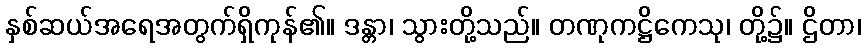
နှစ်ဆယ်အရေအတွက်ရှိကုန်၏။ ဒန္တာ၊ သွားတို့သည်။ တဏုကဋ္ဌိကေသု၊ တို့၌။ ဌိတာ၊